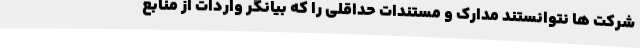
شرکت‌ ها نتوانستند مدارک و مستندات حداقلی را که بیانگر واردات از منابع